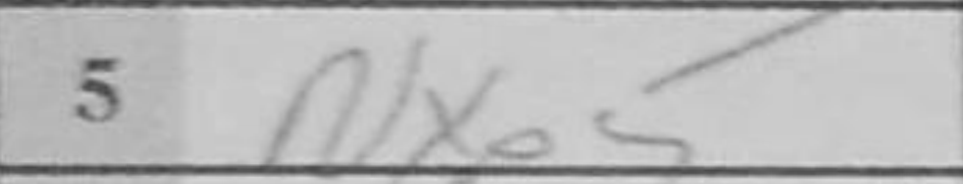
Transcription: Nxe5